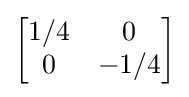
{\begin{bmatrix}1/4&0\\0&-1/4\end{bmatrix}}